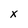
Character: x